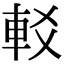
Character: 䡈